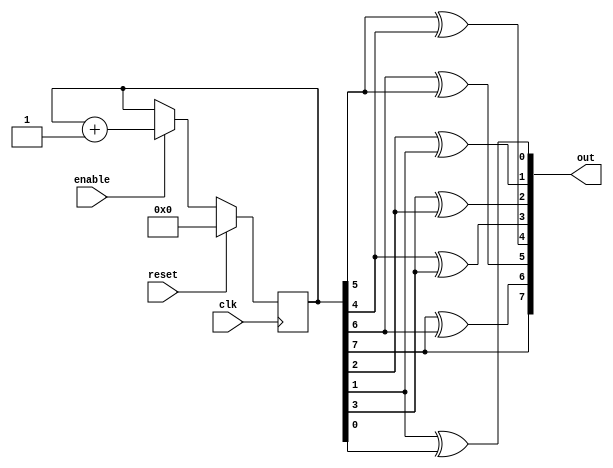
`timescale 1ns / 1ps
//////////////////////////////////////////////////////////////////////////////////
// Company: 
// Engineer: 
// 
// Design Name: 
// Module Name: gray_counter
// Project Name: 
// Target Devices: 
// Tool Versions: 
// Description: 
// 
// Dependencies: 
// 
// Revision:
// Revision 0.01 - File Created
// Additional Comments:
// 
//////////////////////////////////////////////////////////////////////////////////


module gray_counter(clk,reset,enable,out);

        input clk,reset,enable;
        output [7:0] out;
        reg [7:0] count;
        
        always@(posedge clk)
        if(reset)
            begin
            count <= 0;
            end
         else
            if(enable)
            begin
            count <= count + 1;
            end
         
         assign out = {count[7],(count[7] ^ count[6]),(count[6] ^ count[5]),(count[5] ^ count[4]),
                       (count[4] ^ count[3]),(count[3] ^ count[2]),(count[2] ^ count[1]),
                       (count[1] ^ count[0])};
         
            
endmodule